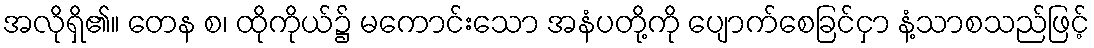
အလိုရှိ၏။ တေန စ၊ ထိုကိုယ်၌ မကောင်းသော အနံပတို့ကို ပျောက်စေခြင်ငှာ နံ့သာစသည်ဖြင့်